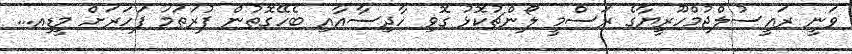
ވަނީ ރައީސުލްޖުމްހޫރީޔާގެ ރަސްމީ ލޯންޗުކޮޅު ގޮވި ހާދިސާއާއި ބެހޭގޮތުން ފުރަތަމަ ފަހަރަށް މީޑިއ...